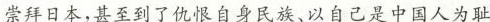
崇拜日本，甚至到了仇恨自身民族、以自己是中国人为耻